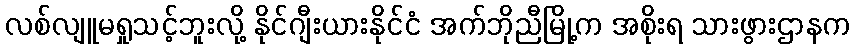
လစ်လျူမရှုသင့်ဘူးလို့ နိုင်ဂျီးယားနိုင်ငံ အက်ဘိုညီမြို့က အစိုးရ သားဖွားဌာနက